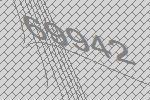
69942